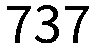
737